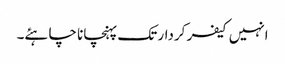
انہیں کیفر کردار تک پہنچانا چاہئے۔